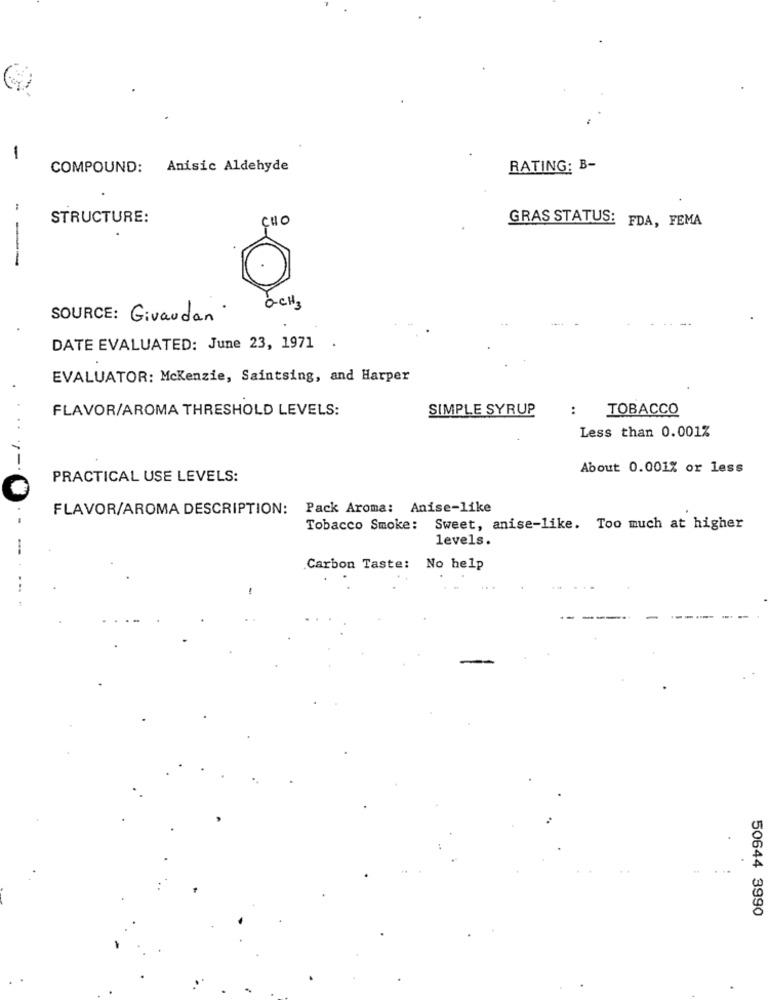
-
COMPOUND: Anisic Aldehyde
RATING: B-
STRUCTURE:
CHO
GRAS STATUS: FDA, FEMA
--
SOURCE: Givaudan
... +
DATE EVALUATED: June 23, 1971 .
EVALUATOR: Mckenzie, Saintsing, and Harper
FLAVOR/AROMA THRESHOLD LEVELS:
SIMPLE SYRUP
:
TOBACCO
Less than 0.001%
About 0.001% or less
PRACTICAL USE LEVELS:
FLAVOR/AROMA DESCRIPTION: Pack Aroma: Anise-like
Tobacco Smoke: Sweet, anise-like. Too much at higher
levels.
Carbon Taste: No help
50644 3990